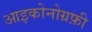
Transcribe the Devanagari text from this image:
आइकोनोग्रफ़ी